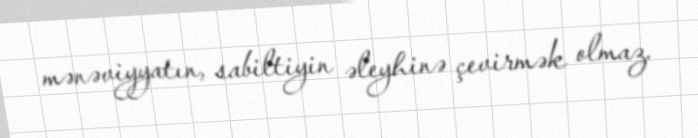
mənəviyyatın, sabiltiyin əleyhinə çevirmək olmaz.